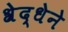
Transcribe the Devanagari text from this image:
श्रेद्धेने